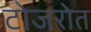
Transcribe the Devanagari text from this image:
टोजरोत